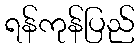
ရန်ကုန်ပြည်